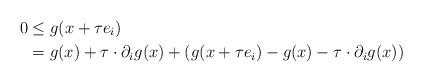
LaTeX: \begin{align*}0 &\le g(x+\tau e_i) \\&= g(x) + \tau\cdot \partial_i g(x) + (g(x+\tau e_i)-g(x) - \tau\cdot \partial_i g(x))\end{align*}